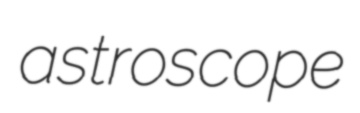
astroscope